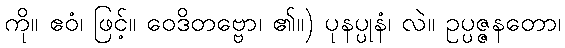
ကို။ ဧဝံ၊ ဖြင့်။ ဝေဒိတဗ္ဗော၊ ၏။) ပုနပ္ပုနံ၊ လဲ။ ဥပ္ပဇ္ဇနတော၊